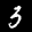
Label: 3